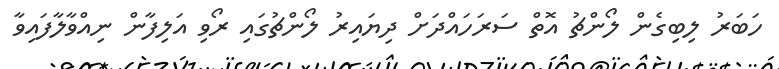
ހަބަރު ލިބިގެން ލޯންޗު އޮތް ސަރަހައްދަށް ދިޔައިރު ލޯންޗުގައި ރޯވި އަލިފާން ނިއްވާލާފައިވާ